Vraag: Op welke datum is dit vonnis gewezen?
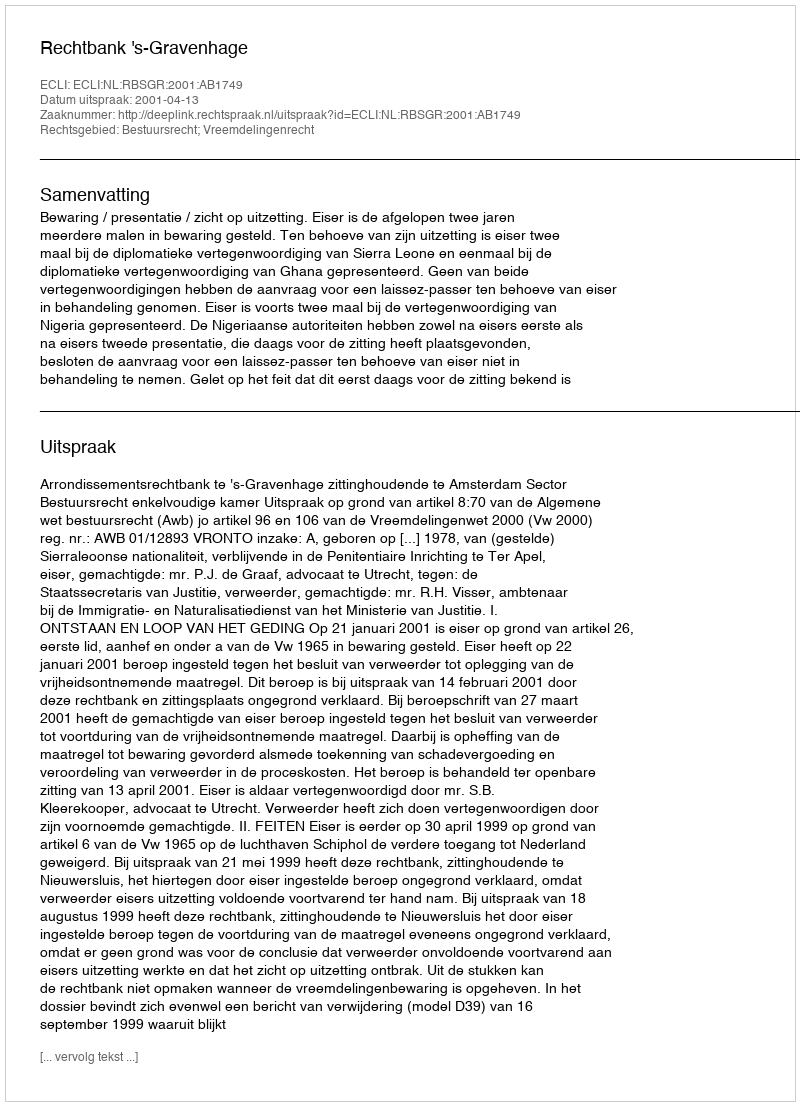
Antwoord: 2001-04-13